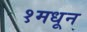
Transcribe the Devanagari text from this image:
१मधून